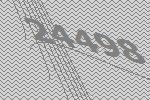
24498